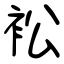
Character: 衳